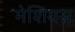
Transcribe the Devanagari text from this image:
मेशियस